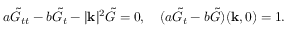
a \tilde { G } _ { t t } - b \tilde { G } _ { t } - | \mathbf { k } | ^ { 2 } \tilde { G } = 0 , \quad ( a \tilde { G } _ { t } - b \tilde { G } ) ( \mathbf { k } , 0 ) = 1 .